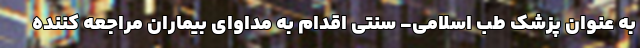
به عنوان پزشک طب اسلامی- سنتی اقدام به مداوای بیماران مراجعه کننده